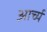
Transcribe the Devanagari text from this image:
आर्च्य